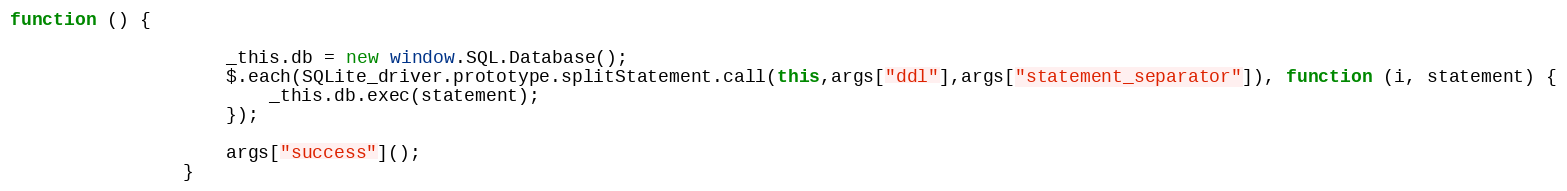
Language: JavaScript
function () {

                    _this.db = new window.SQL.Database();
                    $.each(SQLite_driver.prototype.splitStatement.call(this,args["ddl"],args["statement_separator"]), function (i, statement) {
                        _this.db.exec(statement);
                    });

                    args["success"]();
                }